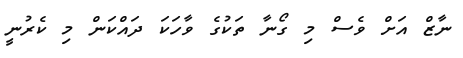
ނާޒް އަށް ވެސް މި ގޯނާ ތަކުގެ ވާހަކަ ދައްކަން މި ކެރުނީ